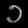
Digit: ၁